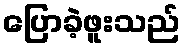
ပြောခဲ့ဖူးသည်